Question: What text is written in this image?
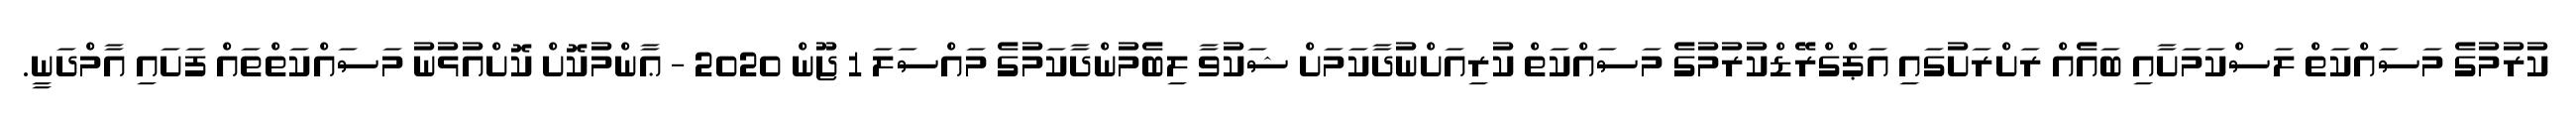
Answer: ކުރުމުގެ މަސައްކަތް ލަސްކަމަށާއި ބައެއް ރަށްރަށުގައި އަޕްގްރޭޑްކުރުމުގެ މަސައްކަތް ކުރިއަށްނުދާކަމަށް ޝަކުވާ ލިބެމުންދާކަމުގެ މައްސަލަ 1 ޖޫން 2020 - ޢާންމުކޮށް ކޮށްއުޅުނު މަސައްކަތްތައް ފަށައި އާމްދަނީ.